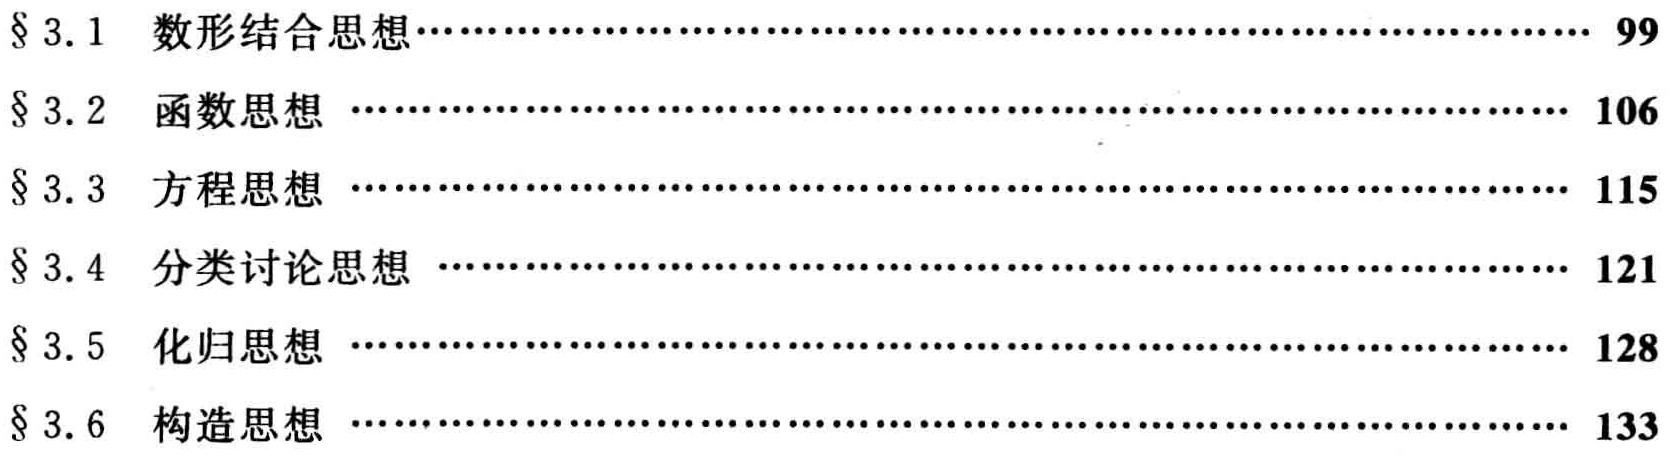
\begin{enumerate}
\item $\S 3.1$ 数形结合思想\hfill 99
\item $\S 3.2$ 函数思想\hfill 106
\item $\S 3.3$ 方程思想\hfill 115
\item $\S 3.4$ 分类讨论思想\hfill 121
\item $\S 3.5$ 化归思想\hfill 128
\item $\S 3.6$ 构造思想\hfill 133
\end{enumerate}